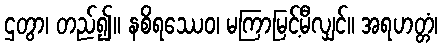
ဌတွာ၊ တည်၍။ နစိရဿေဝ၊ မကြာမြင့်မီလျှင်။ အရဟတ္တံ၊